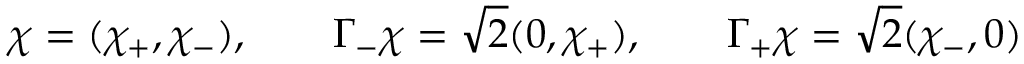
\chi = ( \chi _ { + } , \chi _ { - } ) , \qquad \Gamma _ { - } \chi = { \sqrt 2 } ( 0 , \chi _ { + } ) , \qquad \Gamma _ { + } \chi = { \sqrt 2 } ( \chi _ { - } , 0 )